Epidemic dropsy in Calcutta - Number 49
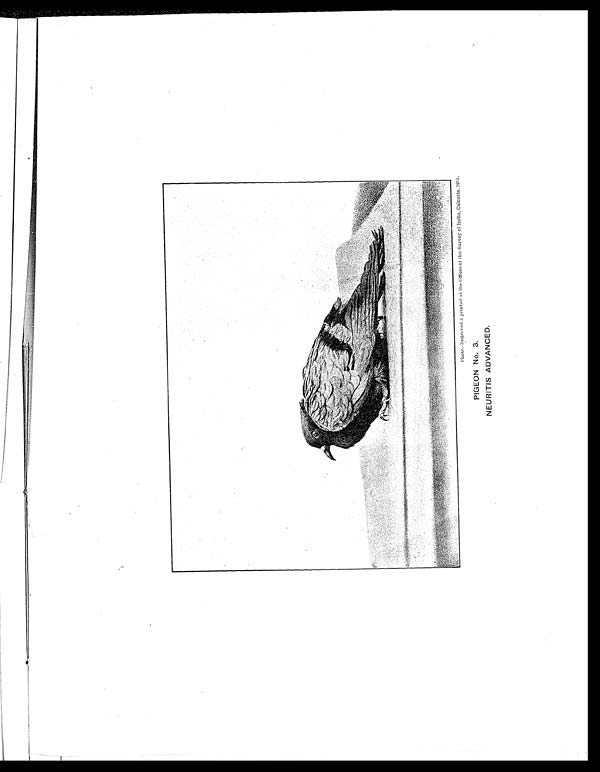
Photo.Engraved & printed at the Offices of the Survey of India, Calcutta, 1911.
PIGEON No. 3.
NEURITIS ADVANCED.